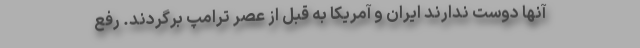
آنها دوست ندارند ایران و آمریکا به قبل از عصر ترامپ برگردند. رفع